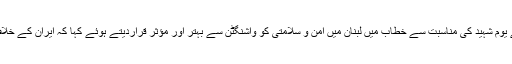
بیروت: حزب اللہ لبنان کے سربراہ سید حسن نصر اللہ نے یوم شہید کی مناسبت سے خطاب میں لبنان میں امن و سلامتی کو واشنگٹن سے بہتر اور مؤثر قراردیتے ہوئے کہا کہ ایران کے خلاف امریکی صدر ٹرمپ کی حکمت عملی ناکام ہوگئی ہے۔